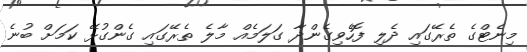
މިނެޓްގެ ތެރޭގައި ދެލި ފޮހެވިގެންދާ ގަލަމެއް މާލެ ތެރޭގައި ގެންގުޅޭ ކަމަށް ބުނެ